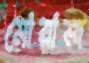
মোয়াজ